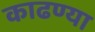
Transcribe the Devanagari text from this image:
काढण्या